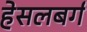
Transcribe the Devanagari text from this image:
हेसलबर्ग